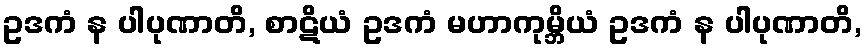
ဥဒကံ န ပါပုဏာတိ, စာဋိယံ ဥဒကံ မဟာကုမ္ဘိယံ ဥဒကံ န ပါပုဏာတိ,